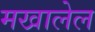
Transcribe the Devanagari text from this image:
मखालेल